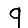
Digit: 9